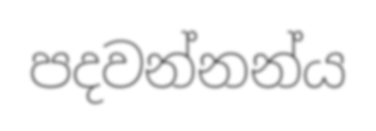
පදවන්නන්ය